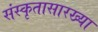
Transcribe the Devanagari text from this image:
संस्कृतासारख्या